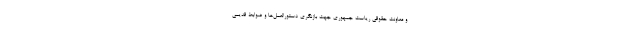
و معاونت حقوقی ریاست جمهوری جهت بازنگری دستورالعمل‌ها و ضوابط قدیمی